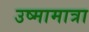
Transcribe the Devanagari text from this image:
उष्मामात्रा